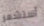
أستشعر